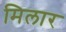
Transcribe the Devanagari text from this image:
मिलार